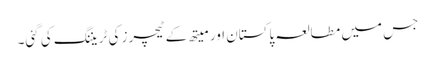
جس میں مطالعہ پاکستان اور میتھ کے ٹیچرز کی ٹریننگ کی گئی۔